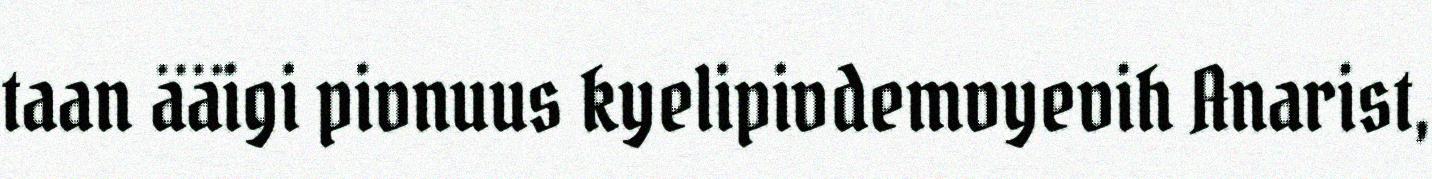
taan ääigi pivnuus kyelipivdemvyevih Anarist,